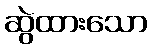
ဆွဲထားသော